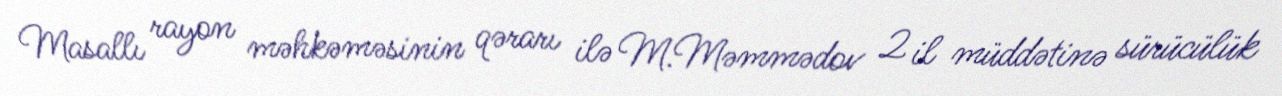
Masallı rayon məhkəməsinin qərarı ilə M.Məmmədov 2 il müddətinə sürücülük